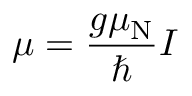
{ \boldsymbol { \mu } } = { \frac { g \mu _ { \mathrm { N } } } { \hbar } } { \boldsymbol { I } }